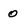
Character: 0